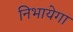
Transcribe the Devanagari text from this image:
निभायेगा